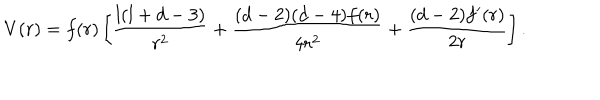
LaTeX: V ( r ) = f ( r ) \left[ \frac { l ( l + d - 3 ) } { r ^ { 2 } } + \frac { ( d - 2 ) ( d - 4 ) f ( r ) } { 4 r ^ { 2 } } + \frac { ( d - 2 ) f ^ { \prime } ( r ) } { 2 r } \right] .